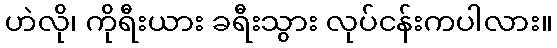
ဟဲလို၊ ကိုရီးယား ခရီးသွား လုပ်ငန်းကပါလား။